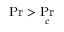
\operatorname* { P r } > \operatorname* { P r } _ { c }